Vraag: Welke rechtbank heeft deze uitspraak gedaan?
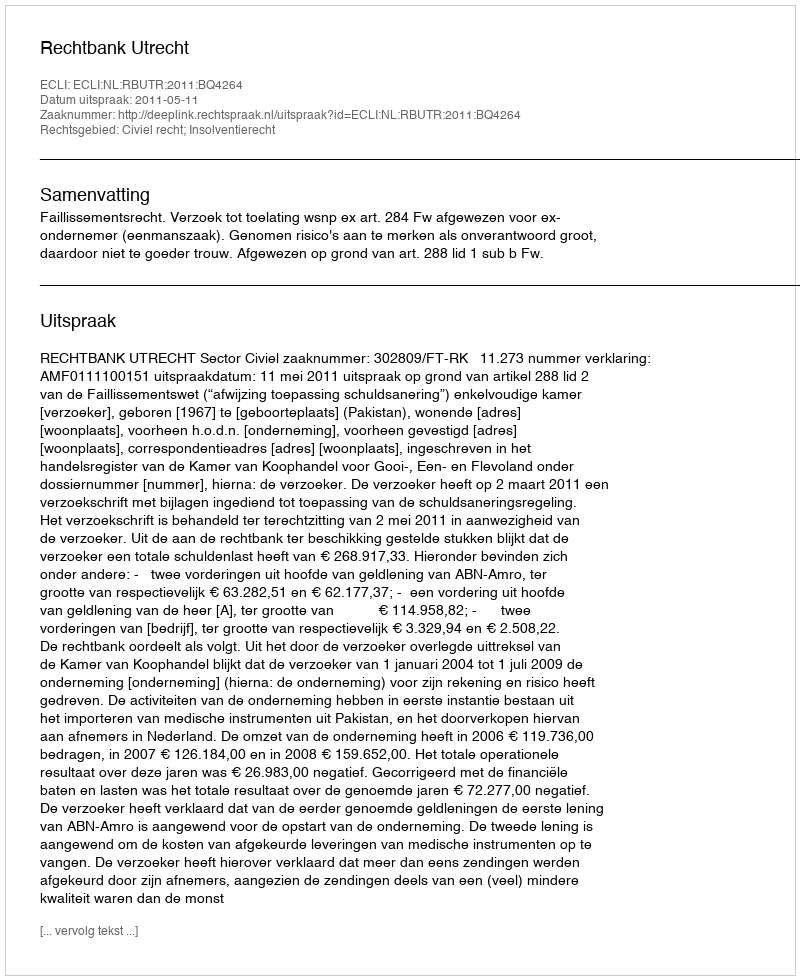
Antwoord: Rechtbank Utrecht